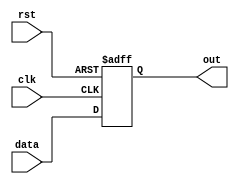
module my_module (
    input wire clk,
    input wire rst,
    input wire data,
    output reg out
);

always @ (posedge clk or negedge rst) begin
    if (!rst) begin
        out <= 0;
    end else begin
        out <= data;
    end
end

endmodule